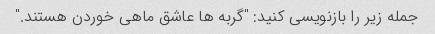
جمله زیر را بازنویسی کنید: "گربه ها عاشق ماهی خوردن هستند."